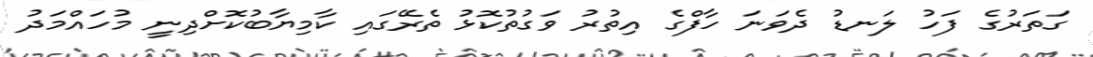
ގަތަރުގެ ފަހު ލަނޑު ދެވަނަ ހާފްގެ އިތުރު ވަގުތުކޮޅު ތެރޭގައި ކާމިޔާބުކޮށްދިނީ މުހައްމަދު